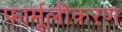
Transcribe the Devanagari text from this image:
फार्मूलीकरण